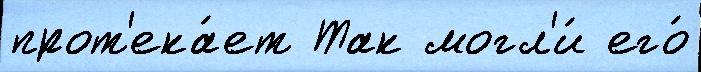
прот'ека́ет Так могл'и́ его́